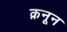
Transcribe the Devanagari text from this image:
क़नून